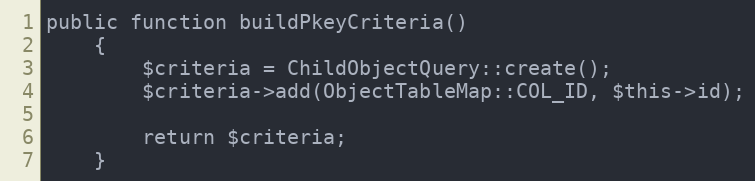
Language: PHP
public function buildPkeyCriteria()
    {
        $criteria = ChildObjectQuery::create();
        $criteria->add(ObjectTableMap::COL_ID, $this->id);

        return $criteria;
    }